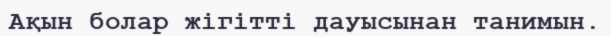
Ақын болар жігітті дауысынан танимын.